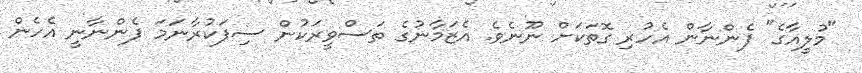
"މުލީއާގެ" ފެންނާން އެހުރި ގޮތަކަށް ނޫނެވެ. އެޒަމާނުގެ ތަސްވީރަކުން ސިފަކުރާނަމަ ފެންނާނީ އެހެން